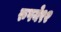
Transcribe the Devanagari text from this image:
रुपये९२